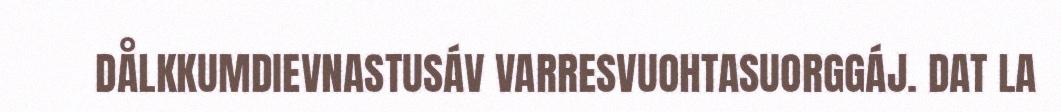
DÅLKKUMDIEVNASTUSÁV VARRESVUOHTASUORGGÁJ. DAT LA